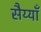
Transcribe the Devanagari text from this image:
सैय्याँ